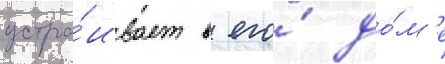
устра́ивает в его́ до́м'е